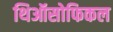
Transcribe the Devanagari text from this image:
थिऑसोफिकल